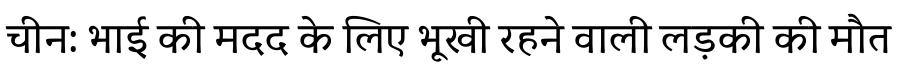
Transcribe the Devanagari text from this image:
चीन: भाई की मदद के लिए भूखी रहने वाली लड़की की मौत